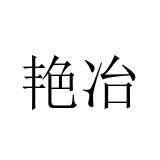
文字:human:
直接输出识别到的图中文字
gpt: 艳冶